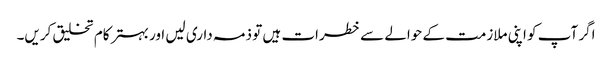
اگر آپ کو اپنی ملازمت کے حوالے سے خطرات ہیں تو ذمہ داری لیں اور بہتر کام تخلیق کریں۔